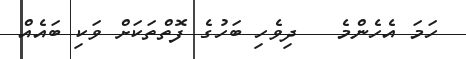
ހަމަ އެހެންމެ   ދިވެހި ބަހުގެ ފޮތްތަކަށް ވަކި ބައެއް